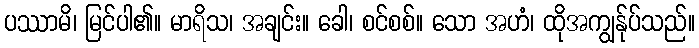
ပဿာမိ၊ မြင်ပါ၏။ မာရိသ၊ အချင်း။ ခေါ၊ စင်စစ်။ သော အဟံ၊ ထိုအကျွန်ုပ်သည်။